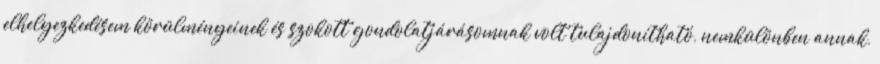
elhelyezkedésem körülményeinek és szokott gondolatjárásomnak volt tulajdonítható, nemkülönben annak,